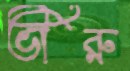
ভীরু